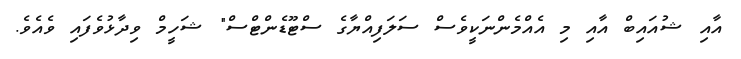
އާއި ޝުއައިބް އާއި މި އެއްމެންނަކީވެސް ސަލަފިއްޔާގެ ސްޓޫޑެންޓްސް" ޝަހީމް ވިދާޅުވެފައި ވެއެވެ.